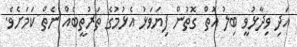
އަދި ވިދާޅުވީ ބިލު އޮތް ގޮތުން ފިޔަވަޅު އެޅުމުގެ ތަރުތީބެއް ނެތް ކަމަށެވެ.